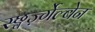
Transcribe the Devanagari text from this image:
स्छ्वर्ज़्गेल्बेन